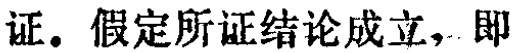
证。假定所证结论成立，即